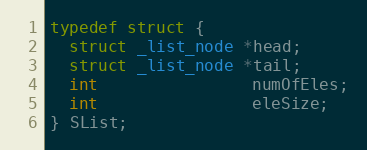
Language: C
typedef struct {
  struct _list_node *head;
  struct _list_node *tail;
  int                numOfEles;
  int                eleSize;
} SList;